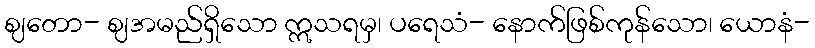
ဈတော- ဈအမည်ရှိသော ဣသရမှ၊ ပရေသံ- နောက်ဖြစ်ကုန်သော၊ ယောနံ-